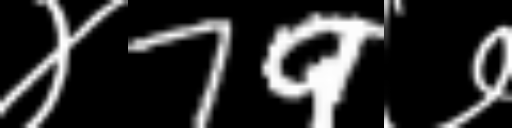
Text: ४79७